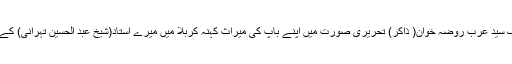
محدث نوری اس کتاب کے متعلق کہتے ہیں کہ.... حلہ سے ایک سید عرب روضہ خوان( ذاکر) تحریری صورت میں اپنے باپ کی میراثِ کہنہ کربلا میں میرے استاد(شیخ عبد الحسین تہرانی) کے پاس لایا تاکہ اس کے معتبر اور غیر معتبر سے آگاہ ہو سکے۔